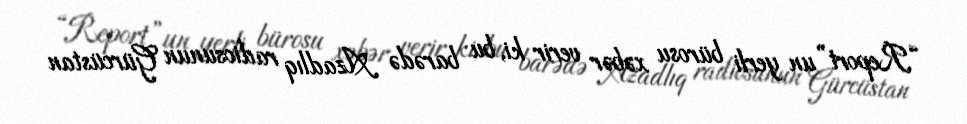
“Report”un yerli bürosu xəbər verir ki, bu barədə Azadlıq radiosunun Gürcüstan